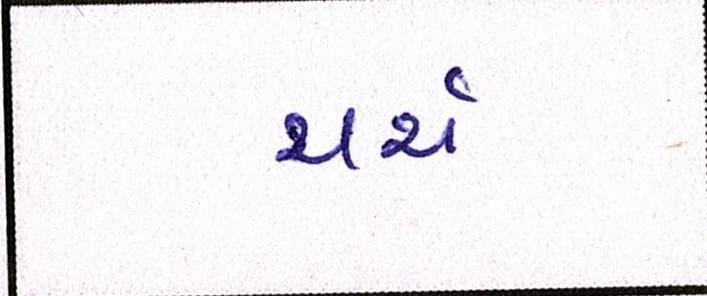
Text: ચર્ચ